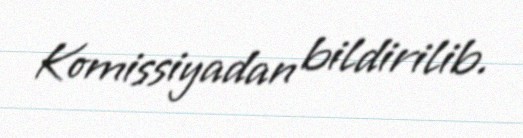
Komissiyadan bildirilib.